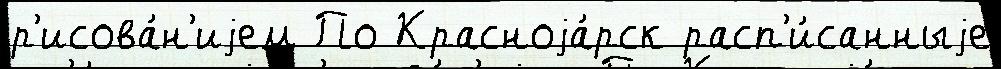
р'исова́н'иjем По Красноjа́рск расп'и́санныjе